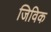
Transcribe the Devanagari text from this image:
जिविक